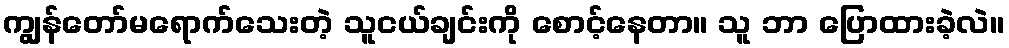
ကျွန်တော်မရောက်သေးတဲ့ သူငယ်ချင်းကို စောင့်နေတာ။ သူ ဘာ ပြောထားခဲ့လဲ။